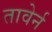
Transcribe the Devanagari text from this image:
तावेर्न